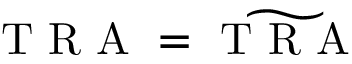
\mathrm { ~ T ~ R ~ A ~ } = \widetilde { \mathrm { ~ T ~ R ~ A ~ } }